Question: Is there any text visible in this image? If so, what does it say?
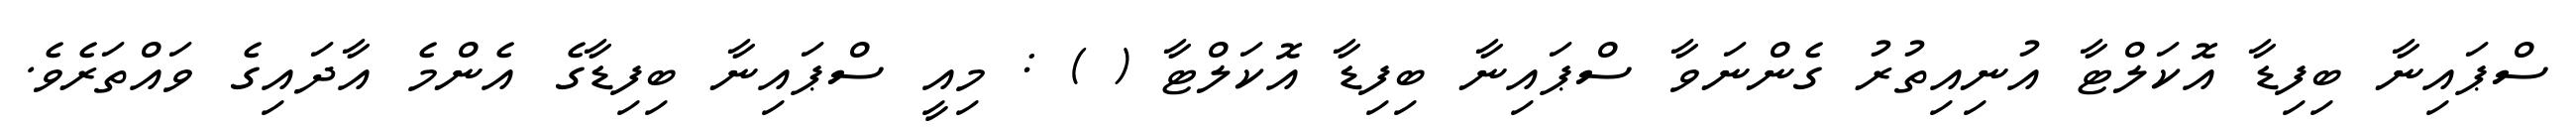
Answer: ސްޕައިނާ ބިފިޑާ އޮކަލްޓާ އުނިއިތުރު ގެންނަވާ ސްޕައިނާ ބިފިޑާ އޮކަލްޓާ ( ) : މިއީ ސްޕައިނާ ބިފިޑާގެ އެންމެ އާދައިގެ ވައްތަރެވެ.